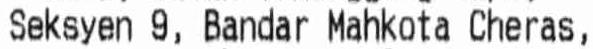
SEKSYEN 9, BANDAR MAHKOTA CHERAS,